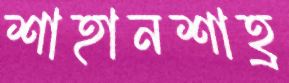
শাহানশাহ্র